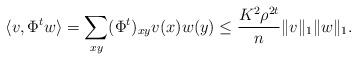
LaTeX: \begin{align*}\langle v, \Phi^t w\rangle =\sum_{xy} (\Phi^t)_{xy}v(x)w(y)\leq \frac{K^2\rho^{2t}}{n} \|v\|_1 \|w\|_1.\end{align*}